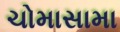
ચોમાસામા